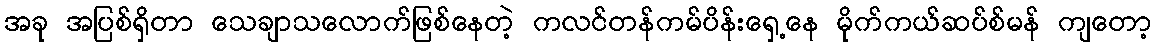
အခု အပြစ်ရှိတာ သေချာသလောက်ဖြစ်နေတဲ့ ကလင်တန်ကမ်ပိန်းရှေ့နေ မိုက်ကယ်ဆပ်စ်မန် ကျတော့